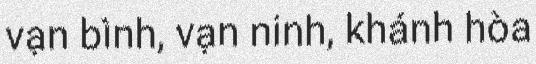
vạn bình, vạn ninh, khánh hòa